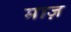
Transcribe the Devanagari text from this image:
माज़